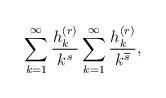
LaTeX: \begin{align*}\sum_{k=1}^{\infty}\frac{h_{k}^{\left( r\right) }}{k^{s}}\sum_{k=1}^{\infty}\frac{h_{k}^{\left( r\right) }}{k^{\overline{s}}},\end{align*}